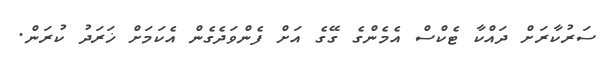
ސަރުކާރަށް ދައްކާ ޓެކްސް އެމެންގެ ގޭގެ އަށް ފެންވަދެގެން އެކަމަށް ޚަރަދު ކުރަން.